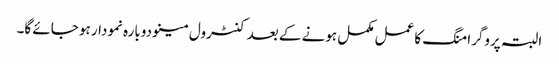
البتہ پروگرامنگ کا عمل مکمل ہونے کے بعد کنٹرول مینو دوبارہ نمودار ہو جائے گا۔